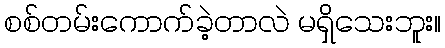
စစ်တမ်းကောက်ခဲ့တာလဲ မရှိသေးဘူး။